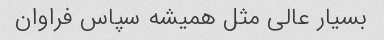
بسیار عالی مثل همیشه سپاس فراوان